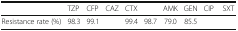
<table><thead><tr><td>[EMPTY_CELL]</td><td><b>TZP</b></td><td><b>CFP</b></td><td><b>CAZ</b></td><td><b>CTX</b></td><td>[EMPTY_CELL]</td><td><b>AMK</b></td><td><b>GEN</b></td><td><b>CIP</b></td><td><b>SXT</b></td></tr></thead><tbody><tr><td>Resistance rate (%)</td><td>98.3</td><td>99.1</td><td>[EMPTY_CELL]</td><td>99.4</td><td>98.7</td><td>79.0</td><td>85.5</td><td>[EMPTY_CELL]</td><td>[EMPTY_CELL]</td></tr></tbody></table>